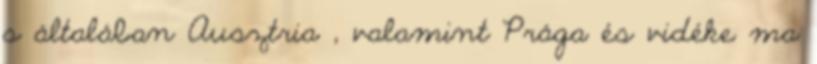
s általában Ausztria , valamint Prága és vidéke ma